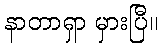
နာတာရှာ မှားပြီ။